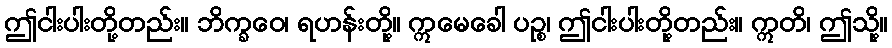
ဤငါးပါးတို့တည်း။ ဘိက္ခဝေ၊ ရဟန်းတို့။ ဣမေခေါ ပဉ္စ၊ ဤငါးပါးတို့တည်း။ ဣတိ၊ ဤသို့။